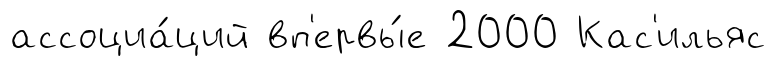
ассоциа́ций вп'ервы́е 2000 Кас'ильяс